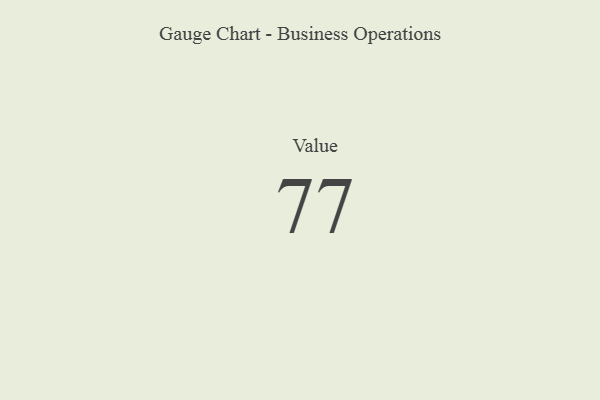
{"axis": {"x": "Metric", "y": "Value"}, "legend": [""], "data": [{"x": "Value", "y": 77, "type": ""}]}